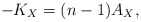
\begin{align*}- K_X = (n-1)A_X, \end{align*}